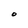
Character: O